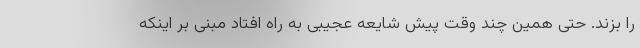
را بزند. حتی همین چند وقت پیش شایعه عجیبی به راه افتاد مبنی بر اینکه